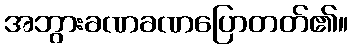
အဘွားခဏခဏပြောတတ်၏။